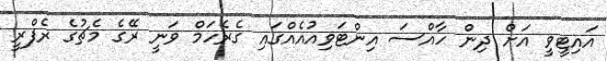
އައިޓީވީ އަށް ދިން ހާއްސަ އިންޓަވިއުއެއްގައި ގެރެހަމް ވަނީ ރޭގެ މެޗުގެ ރެފްރީ